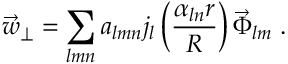
\vec { w } _ { \perp } = \sum _ { l m n } a _ { l m n } j _ { l } \left( \frac { \alpha _ { l n } r } { R } \right) \vec { \Phi } _ { l m } \; .